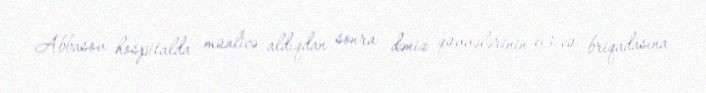
Abbasov hospitalda müalicə aldıqdan sonra dəniz qüvvələrinin 63-cü briqadasına